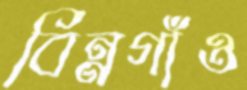
বিন্নগাঁও